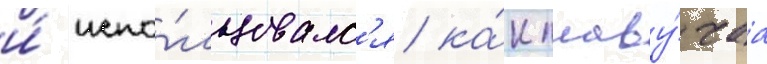
и́ испо́льзовалс'я ка́к плаву́чаа